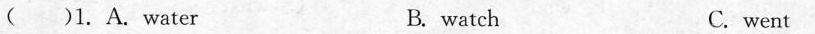
( )1.A. water B. watch C. went